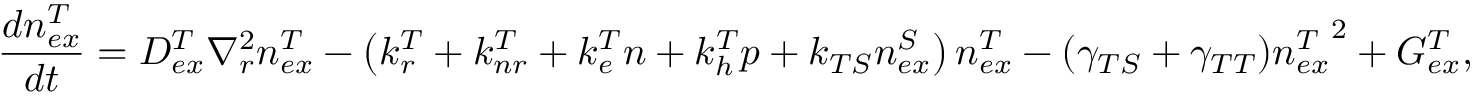
\frac { d n _ { e x } ^ { T } } { d t } = D _ { e x } ^ { T } \nabla _ { r } ^ { 2 } n _ { e x } ^ { T } - \left( k _ { r } ^ { T } + k _ { n r } ^ { T } + k _ { e } ^ { T } n + k _ { h } ^ { T } p + k _ { T S } n _ { e x } ^ { S } \right) n _ { e x } ^ { T } - ( \gamma _ { T S } + \gamma _ { T T } ) { n _ { e x } ^ { T } } ^ { 2 } + G _ { e x } ^ { T } ,